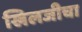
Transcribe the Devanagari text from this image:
खिलजीचा